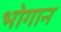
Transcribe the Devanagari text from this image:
भोगान